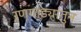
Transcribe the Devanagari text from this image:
रणगाड्यांतुन